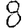
Digit: 8